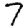
Digit: 7